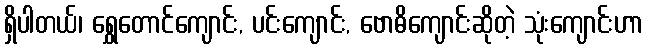
ရှိပါတယ်၊ ရွှေတောင်ကျောင်း, ပင်းကျောင်း, ဗောဓိကျောင်းဆိုတဲ့ သုံးကျောင်းဟာ